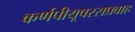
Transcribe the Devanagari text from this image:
कर्णपीयूषरसप्रवाह